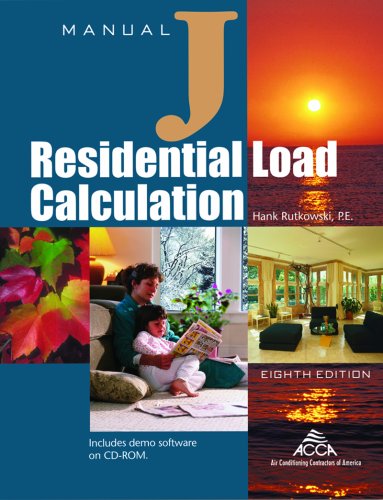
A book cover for Manual J Residential Load Calculation (8th Edition - Full); Hank Rutkowski; Engineering & Transportation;